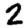
Digit: 2